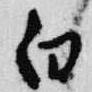
白